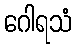
ဂေါရသံ